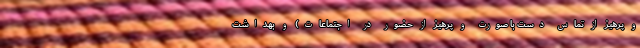
و پرهیز از تماس دست با صورت و پرهیز از حضور در اجتماعات) و بهداشت